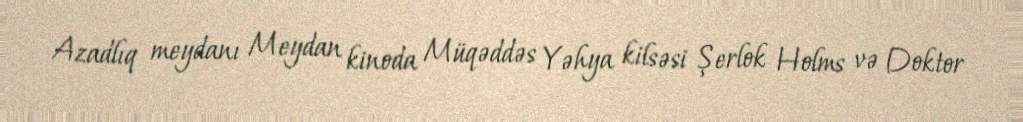
Azadlıq meydanı Meydan kinoda Müqəddəs Yəhya kilsəsi Şerlok Holms və Doktor